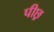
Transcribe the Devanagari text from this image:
पीछ्र